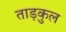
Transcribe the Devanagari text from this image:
ताड़कुल